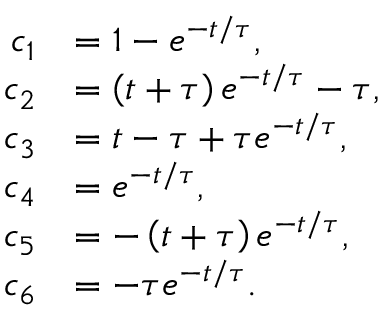
\begin{array} { r l } { c _ { 1 } } & { = 1 - e ^ { - t / \tau } , } \\ { c _ { 2 } } & { = \left( t + \tau \right) e ^ { - t / \tau } - \tau , } \\ { c _ { 3 } } & { = t - \tau + \tau e ^ { - t / \tau } , } \\ { c _ { 4 } } & { = e ^ { - t / \tau } , } \\ { c _ { 5 } } & { = - \left( t + \tau \right) e ^ { - t / \tau } , } \\ { c _ { 6 } } & { = - \tau e ^ { - t / \tau } . } \end{array}